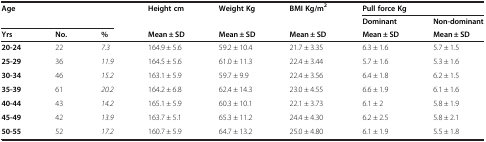
| <ROWSPAN=2-COLSPAN=3> Age | <ROWSPAN=2> Height cm | <ROWSPAN=2> Weight Kg | <ROWSPAN=2> BMI Kg/m2 | <COLSPAN=2> Pull force Kg |
 | Dominant | Non-dominant |
 | Yrs | No. | % | Mean ± SD | Mean ± SD | Mean ± SD | Mean ± SD | Mean ± SD |
 | --- | --- | --- | --- | --- | --- | --- | --- |
 | 20-24 | 22 | 7.3 | 164.9 ± 5.6 | 59.2 ± 10.4 | 21.7 ± 3.35 | 6.3 ± 1.6 | 5.7 ± 1.5 |
 | 25-29 | 36 | 11.9 | 164.5 ± 5.6 | 61.0 ± 11.3 | 22.4 ± 3.44 | 5.7 ± 1.6 | 5.3 ± 1.6 |
 | 30-34 | 46 | 15.2 | 163.1 ± 5.9 | 59.7 ± 9.9 | 22.4 ± 3.56 | 6.4 ± 1.8 | 6.2 ± 1.5 |
 | 35-39 | 61 | 20.2 | 164.2 ± 6.8 | 62.4 ± 14.3 | 23.0 ± 4.55 | 6.6 ± 1.9 | 6.1 ± 1.6 |
 | 40-44 | 43 | 14.2 | 165.1 ± 5.9 | 60.3 ± 10.1 | 22.1 ± 3.73 | 6.1 ± 2 | 5.8 ± 1.9 |
 | 45-49 | 42 | 13.9 | 163.7 ± 5.1 | 65.3 ± 11.2 | 24.4 ± 4.30 | 6.2 ± 2.5 | 5.8 ± 2.1 |
 | 50-55 | 52 | 17.2 | 160.7 ± 5.9 | 64.7 ± 13.2 | 25.0 ± 4.80 | 6.1 ± 1.9 | 5.5 ± 1.8 |